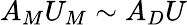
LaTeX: A_{M}U_{M}\sim A_{D}U